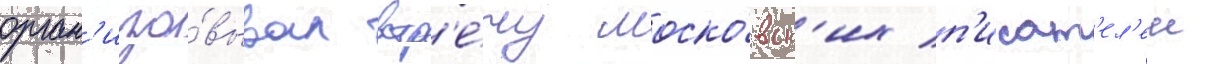
орган'изо́вывал встр'е́чу моско́вск'их п'исат'ел'еи